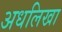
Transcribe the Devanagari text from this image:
अधलिखा